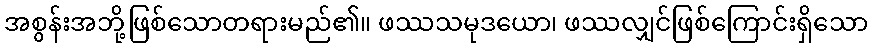
အစွန်းအဘို့ဖြစ်သောတရားမည်၏။ ဖဿသမုဒယော၊ ဖဿလျှင်ဖြစ်ကြောင်းရှိသော